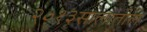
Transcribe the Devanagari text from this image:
२०१३सालातील